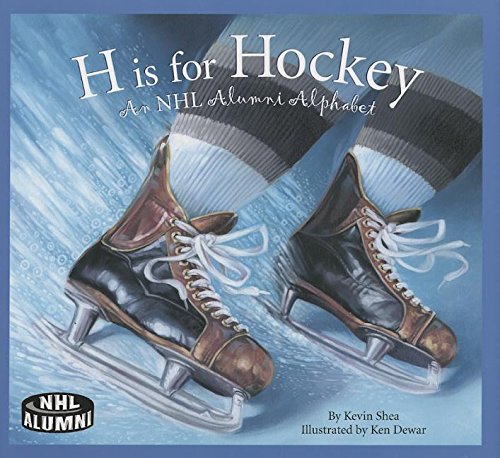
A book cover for H Is for Hockey: An NHL Alumni Alphabet; Kevin Shea; Children's Books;